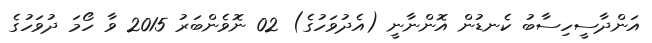
އަންދާސީހިސާބު ކެނޑުން އޮންނާނީ (އެދުވަހުގެ) 02 ނޮވެންބަރު 2015 ވާ ހޯމަ ދުވަހުގެ